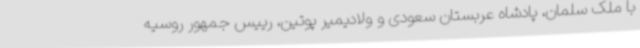
با ملک سلمان، پادشاه عربستان سعودی و ولادیمیر پوتین، رییس جمهور روسیه